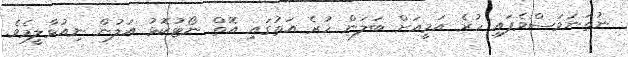
ނުތަނަވަސްވެފައި ހުރެ އަމީއަށް ބަލަން ހުރެ އަތުގައި އޮތް ނޯޓުކޮޅު އަލުން ނިއުޅާލީމެވެ.